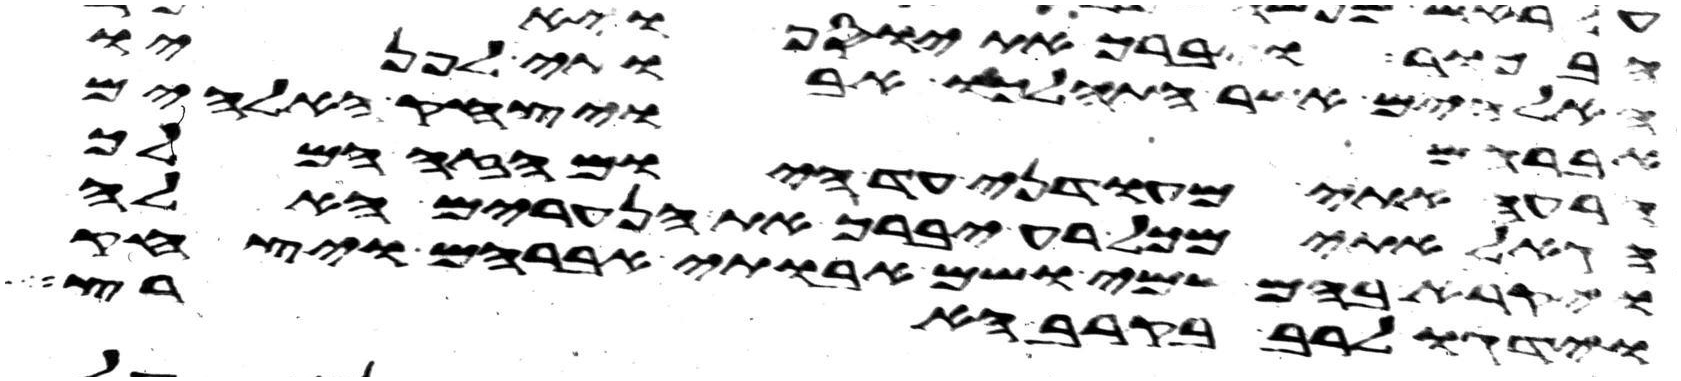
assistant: האלהים אשר התהלכו אבותי לפניו
אברהם ויצחק האלהים
הרעה אתי מעודני עד היום הזה המלך
הגאל אתי מכל רע יברך את הנערים האלה
ויקרא בהם שמי ושם אבותי אברהם ויצחק
וידגו לרב בקרב הארץ